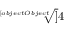
\sqrt [ [object Object] ] { 4 }